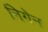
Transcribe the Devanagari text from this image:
निगेन